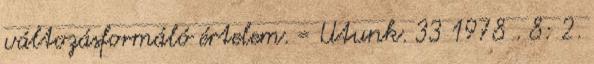
változásformáló értelem. = Utunk. 33 1978 . 8: 2.